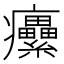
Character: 癳